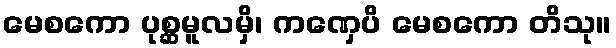
မေစကော ပုစ္ဆမူလမှိ၊ ကဏှေပိ မေစကော တိသု။